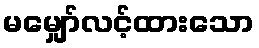
မမျှော်လင့်ထားသော